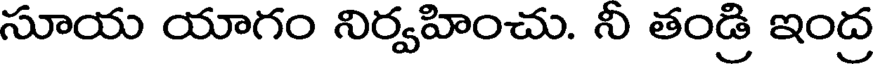
సూయ యాగం నిర్వహించు. నీ తండ్రి ఇంద్ర